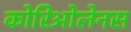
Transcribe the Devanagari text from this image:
कोरिओलेनस